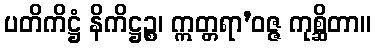
ပတိကိဋ္ဌံ နိကိဋ္ဌဉ္စ၊ ဣတ္တရာ’ဝဇ္ဇ ကုစ္ဆိတာ။